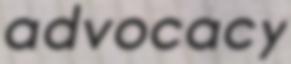
advocacy